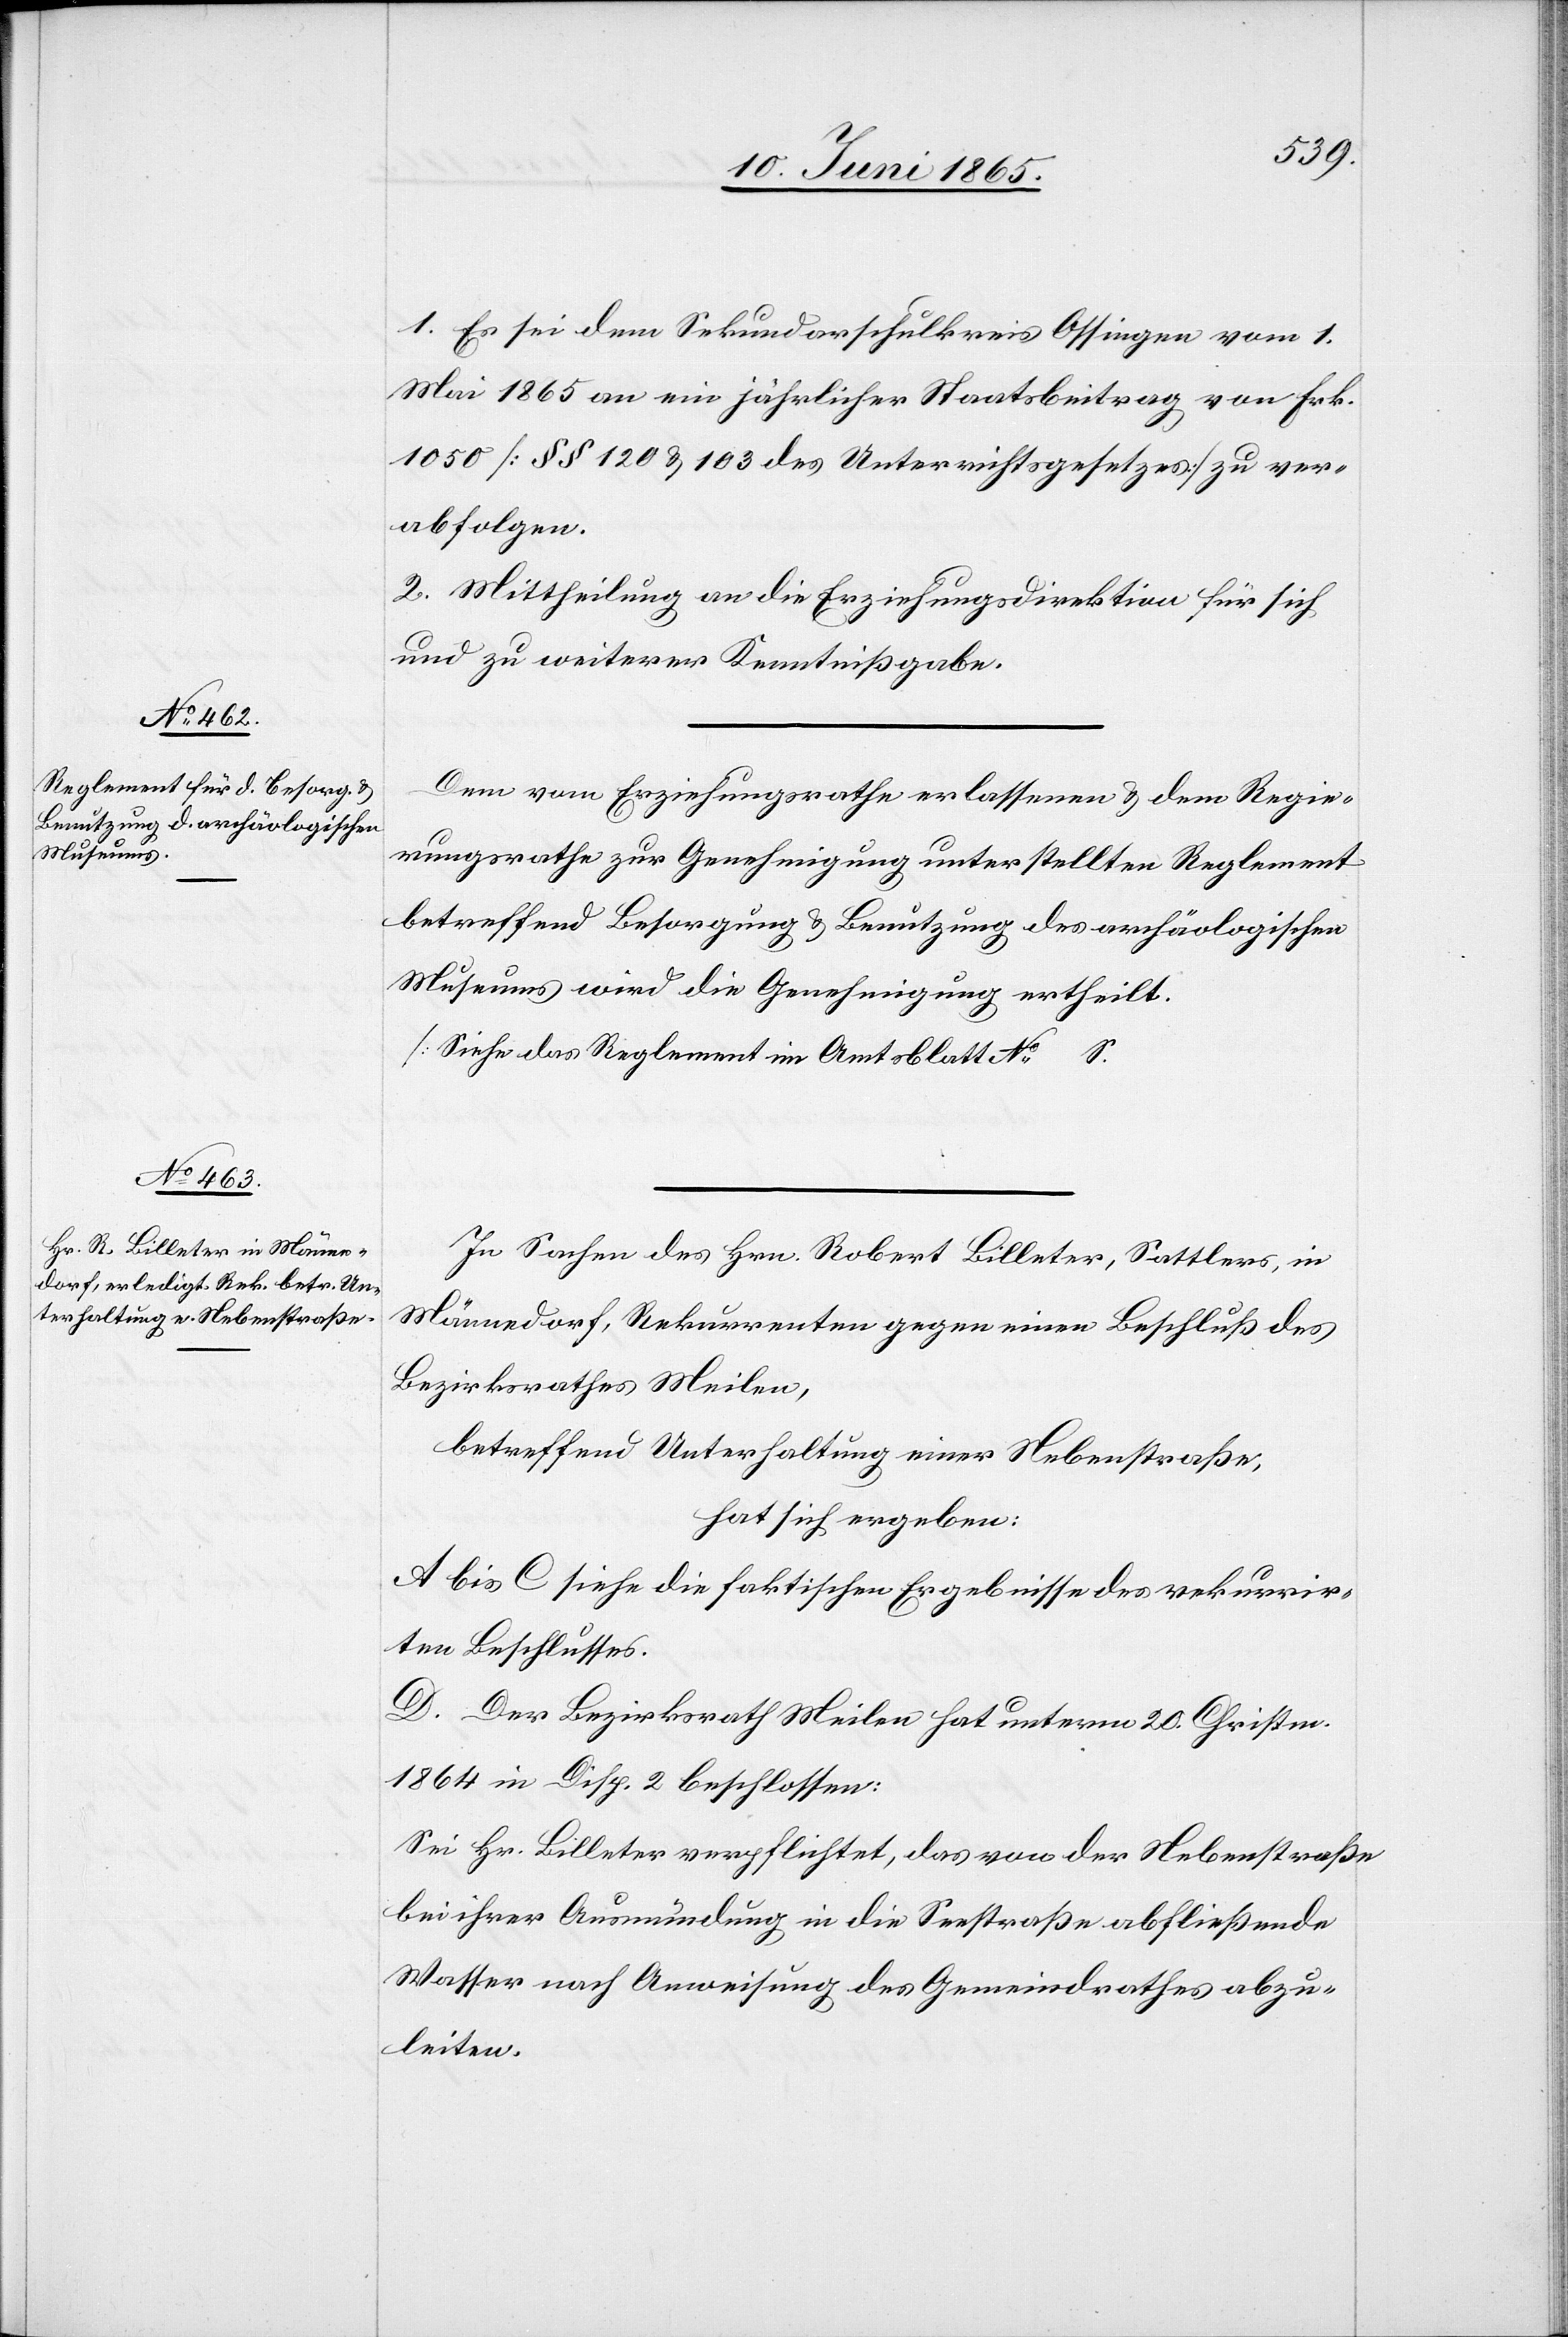
1. Es sei dem Sekundarschulkreis Ossingen vom 1.
Mai 1865 an ein jährlicher Staatsbeitrag von Frk.
1050 [§ § 120 & 103 des Unterrichtsgesetzes] zu ver¬
abfolgen.
2. Mittheilung an die Erziehungsdirektion für sich
und zu weiterer Kenntnißgabe.
Dem vom Erziehungsrathe erlassenen & dem Regie¬
rungsrathe zur Genehmigung unterstellten Reglement
betreffend Besorgung & Benutzung des archäologischen
Museums wird die Genehmigung ertheilt.
[Siehe das Reglement im Amtsblatt No … S.
In Sachen des Hrn. Robert Billeter, Sattler, in
Männedorf, Rekurrenten gegen einen Beschluß des
Bezirkrathes Meilen,
betreffend Unterhaltung einer Nebenstraße,
hat sich ergeben:
A bis C siehe die faktischen Ergebnisse des rekurrir¬
ten Beschlusses.
D. Der Bezirksrath Meilen hat unterm 20. Christm.
1864 in Disp. 2 beschlossen:
Sei Hr. Billeter verpflichtet, das von der Nebenstraße
bei ihrer Ausmündung in die Seestraße abfließende
Wasser nach Anweisung des Gemeindrathes abzu¬
leiten.